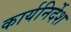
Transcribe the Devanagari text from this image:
कार्यनिर्देश